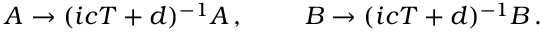
A \rightarrow ( i c T + d ) ^ { - 1 } A \, , ~ ~ ~ ~ ~ ~ ~ B \rightarrow ( i c T + d ) ^ { - 1 } B \, .